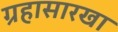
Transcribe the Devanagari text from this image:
ग्रहासारखा